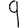
Digit: 9